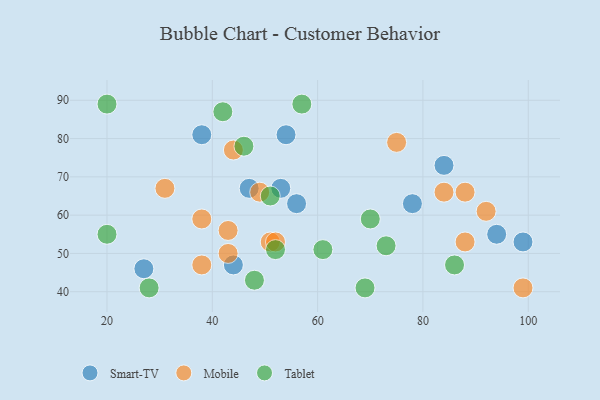
{"axis": {"x": "GDP", "y": "Life Expectancy"}, "legend": ["Mobile", "Smart-TV", "Tablet"], "data": [{"x": "44", "y": 47, "type": "Smart-TV"}, {"x": "54", "y": 81, "type": "Smart-TV"}, {"x": "47", "y": 67, "type": "Smart-TV"}, {"x": "78", "y": 63, "type": "Smart-TV"}, {"x": "56", "y": 63, "type": "Smart-TV"}, {"x": "38", "y": 81, "type": "Smart-TV"}, {"x": "99", "y": 53, "type": "Smart-TV"}, {"x": "84", "y": 73, "type": "Smart-TV"}, {"x": "53", "y": 67, "type": "Smart-TV"}, {"x": "94", "y": 55, "type": "Smart-TV"}, {"x": "27", "y": 46, "type": "Smart-TV"}, {"x": "43", "y": 50, "type": "Mobile"}, {"x": "75", "y": 79, "type": "Mobile"}, {"x": "51", "y": 53, "type": "Mobile"}, {"x": "84", "y": 66, "type": "Mobile"}, {"x": "88", "y": 66, "type": "Mobile"}, {"x": "31", "y": 67, "type": "Mobile"}, {"x": "38", "y": 47, "type": "Mobile"}, {"x": "52", "y": 53, "type": "Mobile"}, {"x": "99", "y": 41, "type": "Mobile"}, {"x": "38", "y": 59, "type": "Mobile"}, {"x": "88", "y": 53, "type": "Mobile"}, {"x": "92", "y": 61, "type": "Mobile"}, {"x": "49", "y": 66, "type": "Mobile"}, {"x": "43", "y": 56, "type": "Mobile"}, {"x": "44", "y": 77, "type": "Mobile"}, {"x": "86", "y": 47, "type": "Tablet"}, {"x": "46", "y": 78, "type": "Tablet"}, {"x": "73", "y": 52, "type": "Tablet"}, {"x": "69", "y": 41, "type": "Tablet"}, {"x": "42", "y": 87, "type": "Tablet"}, {"x": "20", "y": 89, "type": "Tablet"}, {"x": "28", "y": 41, "type": "Tablet"}, {"x": "51", "y": 65, "type": "Tablet"}, {"x": "52", "y": 51, "type": "Tablet"}, {"x": "20", "y": 55, "type": "Tablet"}, {"x": "57", "y": 89, "type": "Tablet"}, {"x": "61", "y": 51, "type": "Tablet"}, {"x": "70", "y": 59, "type": "Tablet"}, {"x": "48", "y": 43, "type": "Tablet"}]}